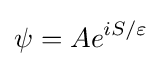
\psi =Ae^{iS/\varepsilon }